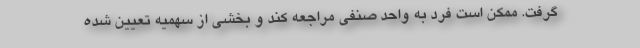
گرفت. ممکن است فرد به واحد صنفی مراجعه کند و بخشی از سهمیه تعیین شده